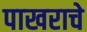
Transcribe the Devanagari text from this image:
पाखराचे